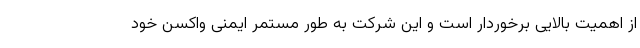
از اهمیت بالایی برخوردار است و این شرکت به طور مستمر ایمنی واکسن خود